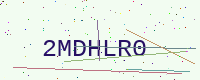
Text: 2MDHLR0